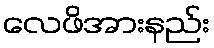
လေဖိအားနည်း